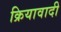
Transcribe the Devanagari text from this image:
क्रियावादी